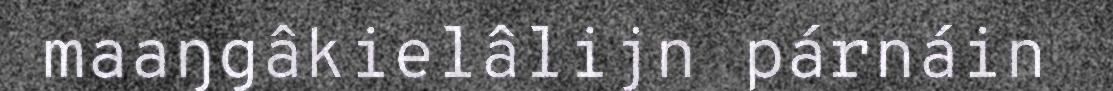
maaŋgâkielâlijn párnáin